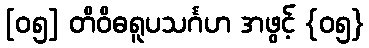
[၀၅] တိဝိဓရူပသင်္ဂဟ အဖွင့် {၀၅}